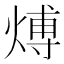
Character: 煿